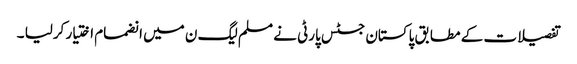
تفصیلات کے مطابق پاکستان جسٹس پارٹی نے مسلم لیگ ن میں انضمام اختیار کرلیا ۔